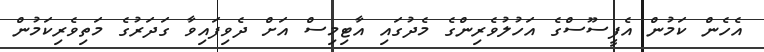
އެހެން ކަމުން އެފީސޫސްގެ އަހުލުވެރިންގެ މެދުގައި އާޓިމިސް އަށް ދެވިފައިވާ ގަދަރުގެ މަތިވެރިކަމުން